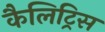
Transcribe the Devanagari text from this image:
कैलिट्रिस